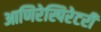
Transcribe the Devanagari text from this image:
आणिरेस्पिरेटरी